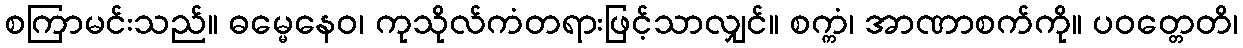
စကြာမင်းသည်။ ဓမ္မေနေဝ၊ ကုသိုလ်ကံတရားဖြင့်သာလျှင်။ စက္ကံ၊ အာဏာစက်ကို။ ပဝတ္တေတိ၊